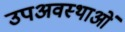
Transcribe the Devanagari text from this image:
उपअवस्थाओं